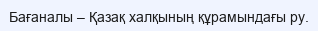
Бағаналы – Қазақ халқының құрамындағы ру.